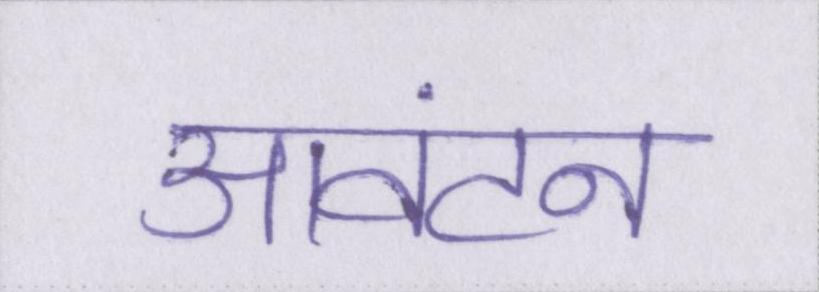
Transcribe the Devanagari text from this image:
आवंटन